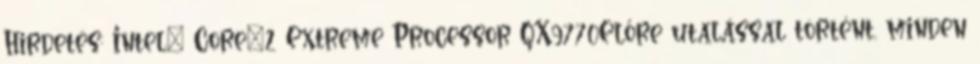
Hirdetés: Intel® Core™2 Extreme Processor QX9770Előre utalással történt, minden